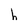
Character: h